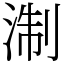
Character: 淛